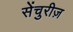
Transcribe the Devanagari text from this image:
सेंचुरीज़